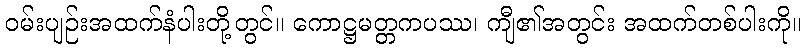
ဝမ်းပျဉ်းအထက်နံပါးတို့တွင်။ ကောဋ္ဌမတ္တကပဿ၊ ကျီ၏အတွင်း အထက်တစ်ပါးကို။